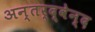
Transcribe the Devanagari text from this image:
अन्तर्द्वेन्द